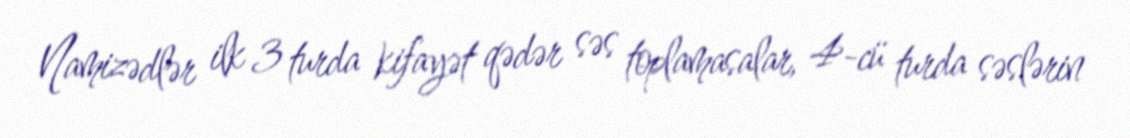
Namizədlər ilk 3 turda kifayət qədər səs toplamasalar, 4-cü turda səslərin